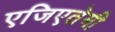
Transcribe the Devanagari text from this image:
एजिएतेमी